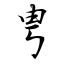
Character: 甹